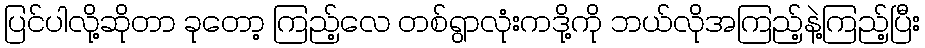
ပြင်ပါလို့ဆိုတာ ခုတော့ ကြည့်လေ တစ်ရွာလုံးကဒို့ကို ဘယ်လိုအကြည့်နဲ့ကြည့်ပြီး